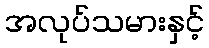
အလုပ်သမားနှင့်